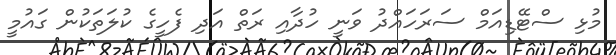
މުޅި ސްޓޭޑިއަމް ސަރަހައްދު ވަނީ ހުދާއި ރަތް އަދި ފެހީގެ ކުލަތަކުން ގައުމީ